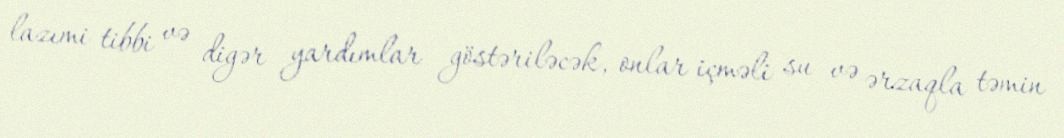
lazımi tibbi və digər yardımlar göstəriləcək, onlar içməli su və ərzaqla təmin